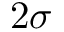
2 \sigma